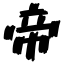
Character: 帝